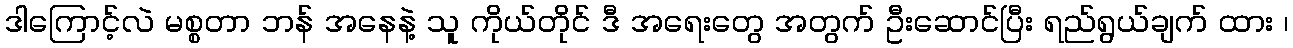
ဒါကြောင့်လဲ မစ္စတာ ဘန် အနေနဲ့ သူ ကိုယ်တိုင် ဒီ အရေးတွေ အတွက် ဦးဆောင်ပြီး ရည်ရွယ်ချက် ထား ၊